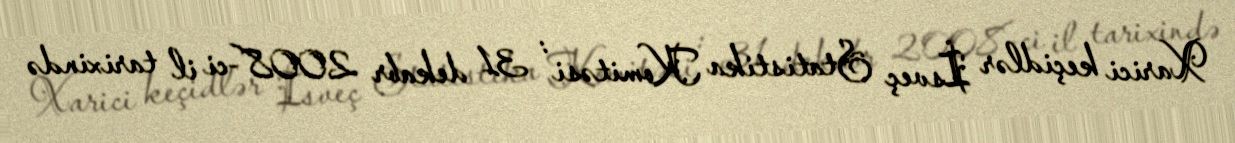
Xarici keçidlər İsveç Statistika Komitəsi : 31 dekabr 2008-ci il tarixində